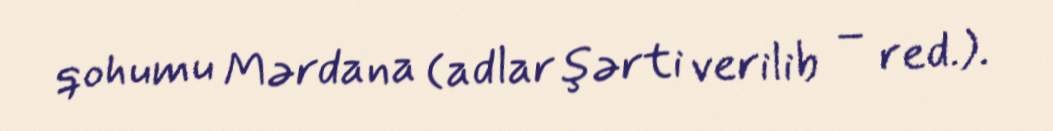
qohumu Mərdana (adlar şərti verilib – red.).